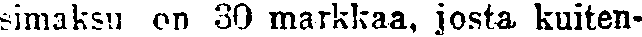
simaksu on 30 markkaa, josta kuiten-